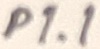
Text: P1.1